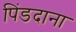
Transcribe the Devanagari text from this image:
पिंडदाना